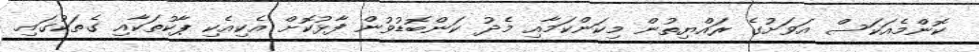
ކޮންމެއަކަސް އަވަށުގެ ރައްޔިތުން މިކަންކަމާއި މެދު ކަންބޮޑުވުން ފާޅުކޮށް އެކިއެކި ޕާކުތަކާއި ގެތަކުގައި